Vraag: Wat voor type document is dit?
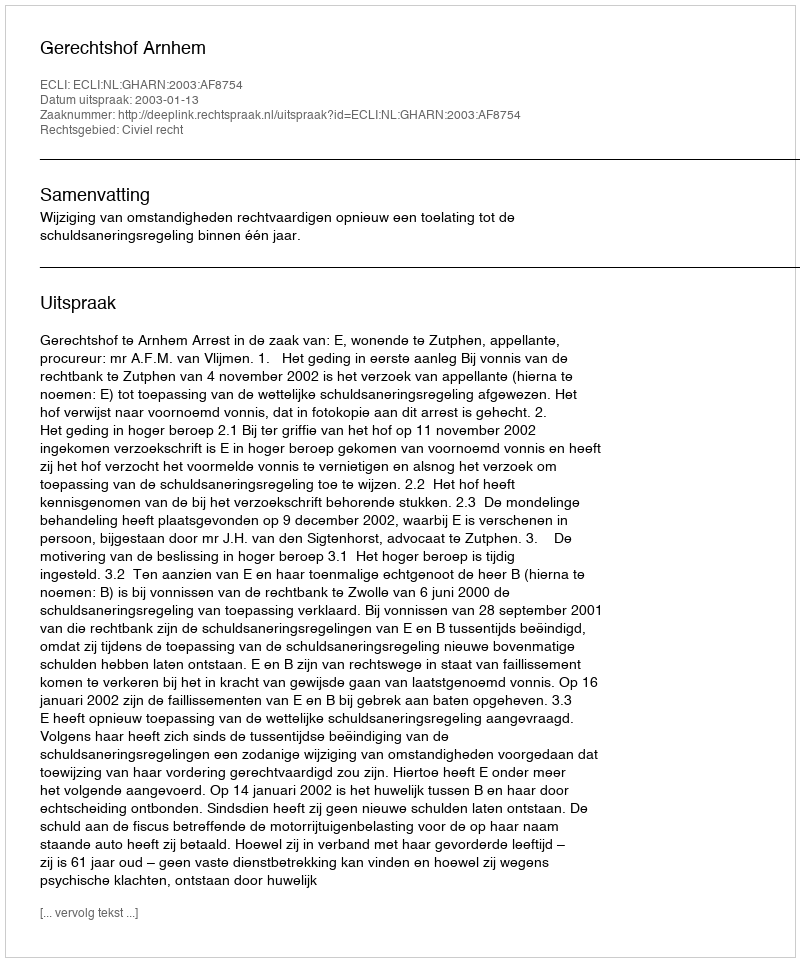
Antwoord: Uitspraak